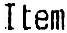
ITEM